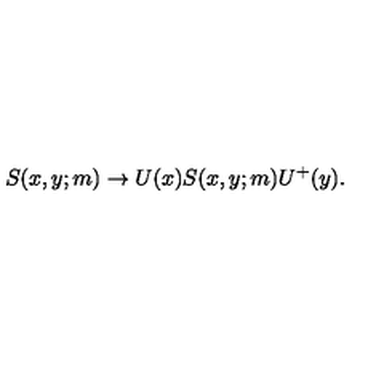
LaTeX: S ( x , y ; m ) \rightarrow U ( x ) S ( x , y ; m ) U ^ { + } ( y ) .